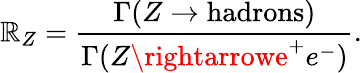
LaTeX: \mathbb{R}_{Z}=\frac{{\Gamma(Z\rightarrow\mathrm{{hadrons}})}}{{\Gamma(Z\rightarrowe^{+}e^{-})}}.